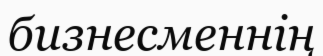
бизнесменнің